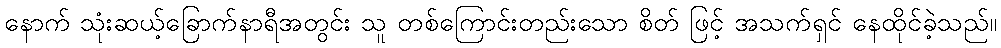
နောက် သုံးဆယ့်ခြောက်နာရီအတွင်း သူ တစ်ကြောင်းတည်းသော စိတ် ဖြင့် အသက်ရှင် နေထိုင်ခဲ့သည်။